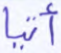
أتيا